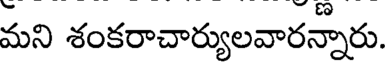
మని శంకరాచార్యులవారన్నారు.